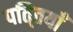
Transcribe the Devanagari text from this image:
पति्तयाँ